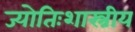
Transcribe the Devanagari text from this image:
ज्योतिःशास्त्रीय